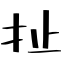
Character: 扯